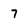
Character: 7